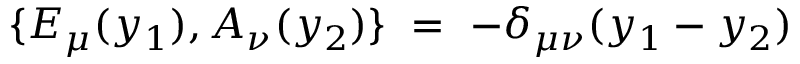
\{ { \cal E } _ { \mu } ( y _ { 1 } ) , { \cal A } _ { \nu } ( y _ { 2 } ) \} \ = \ - \delta _ { \mu \nu } ( y _ { 1 } - y _ { 2 } )